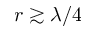
r \gtrsim \lambda / 4